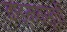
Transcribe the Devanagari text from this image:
वाङ्मयसूची